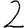
Digit: 2